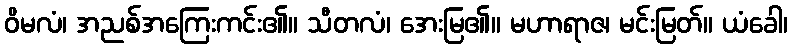
ဝိမလံ၊ အညစ်အကြေးကင်း၏။ သီတလံ၊ အေးမြ၏။ မဟာရာဇ၊ မင်းမြတ်။ ယံခေါ၊